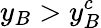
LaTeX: y_{B}>y_{B}^{c}